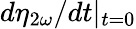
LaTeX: d{\eta_{2\omega}}/dt|_{t=0}